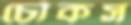
চৌকস